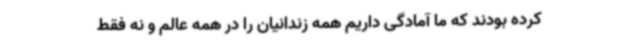
کرده بودند که ما آمادگی داریم همه زندانیان را در همه عالم و نه فقط